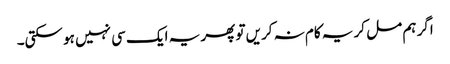
اگر ہم مل کر یہ کام نہ کریں تو پھر یہ ایک سی نہیں ہو سکتی۔